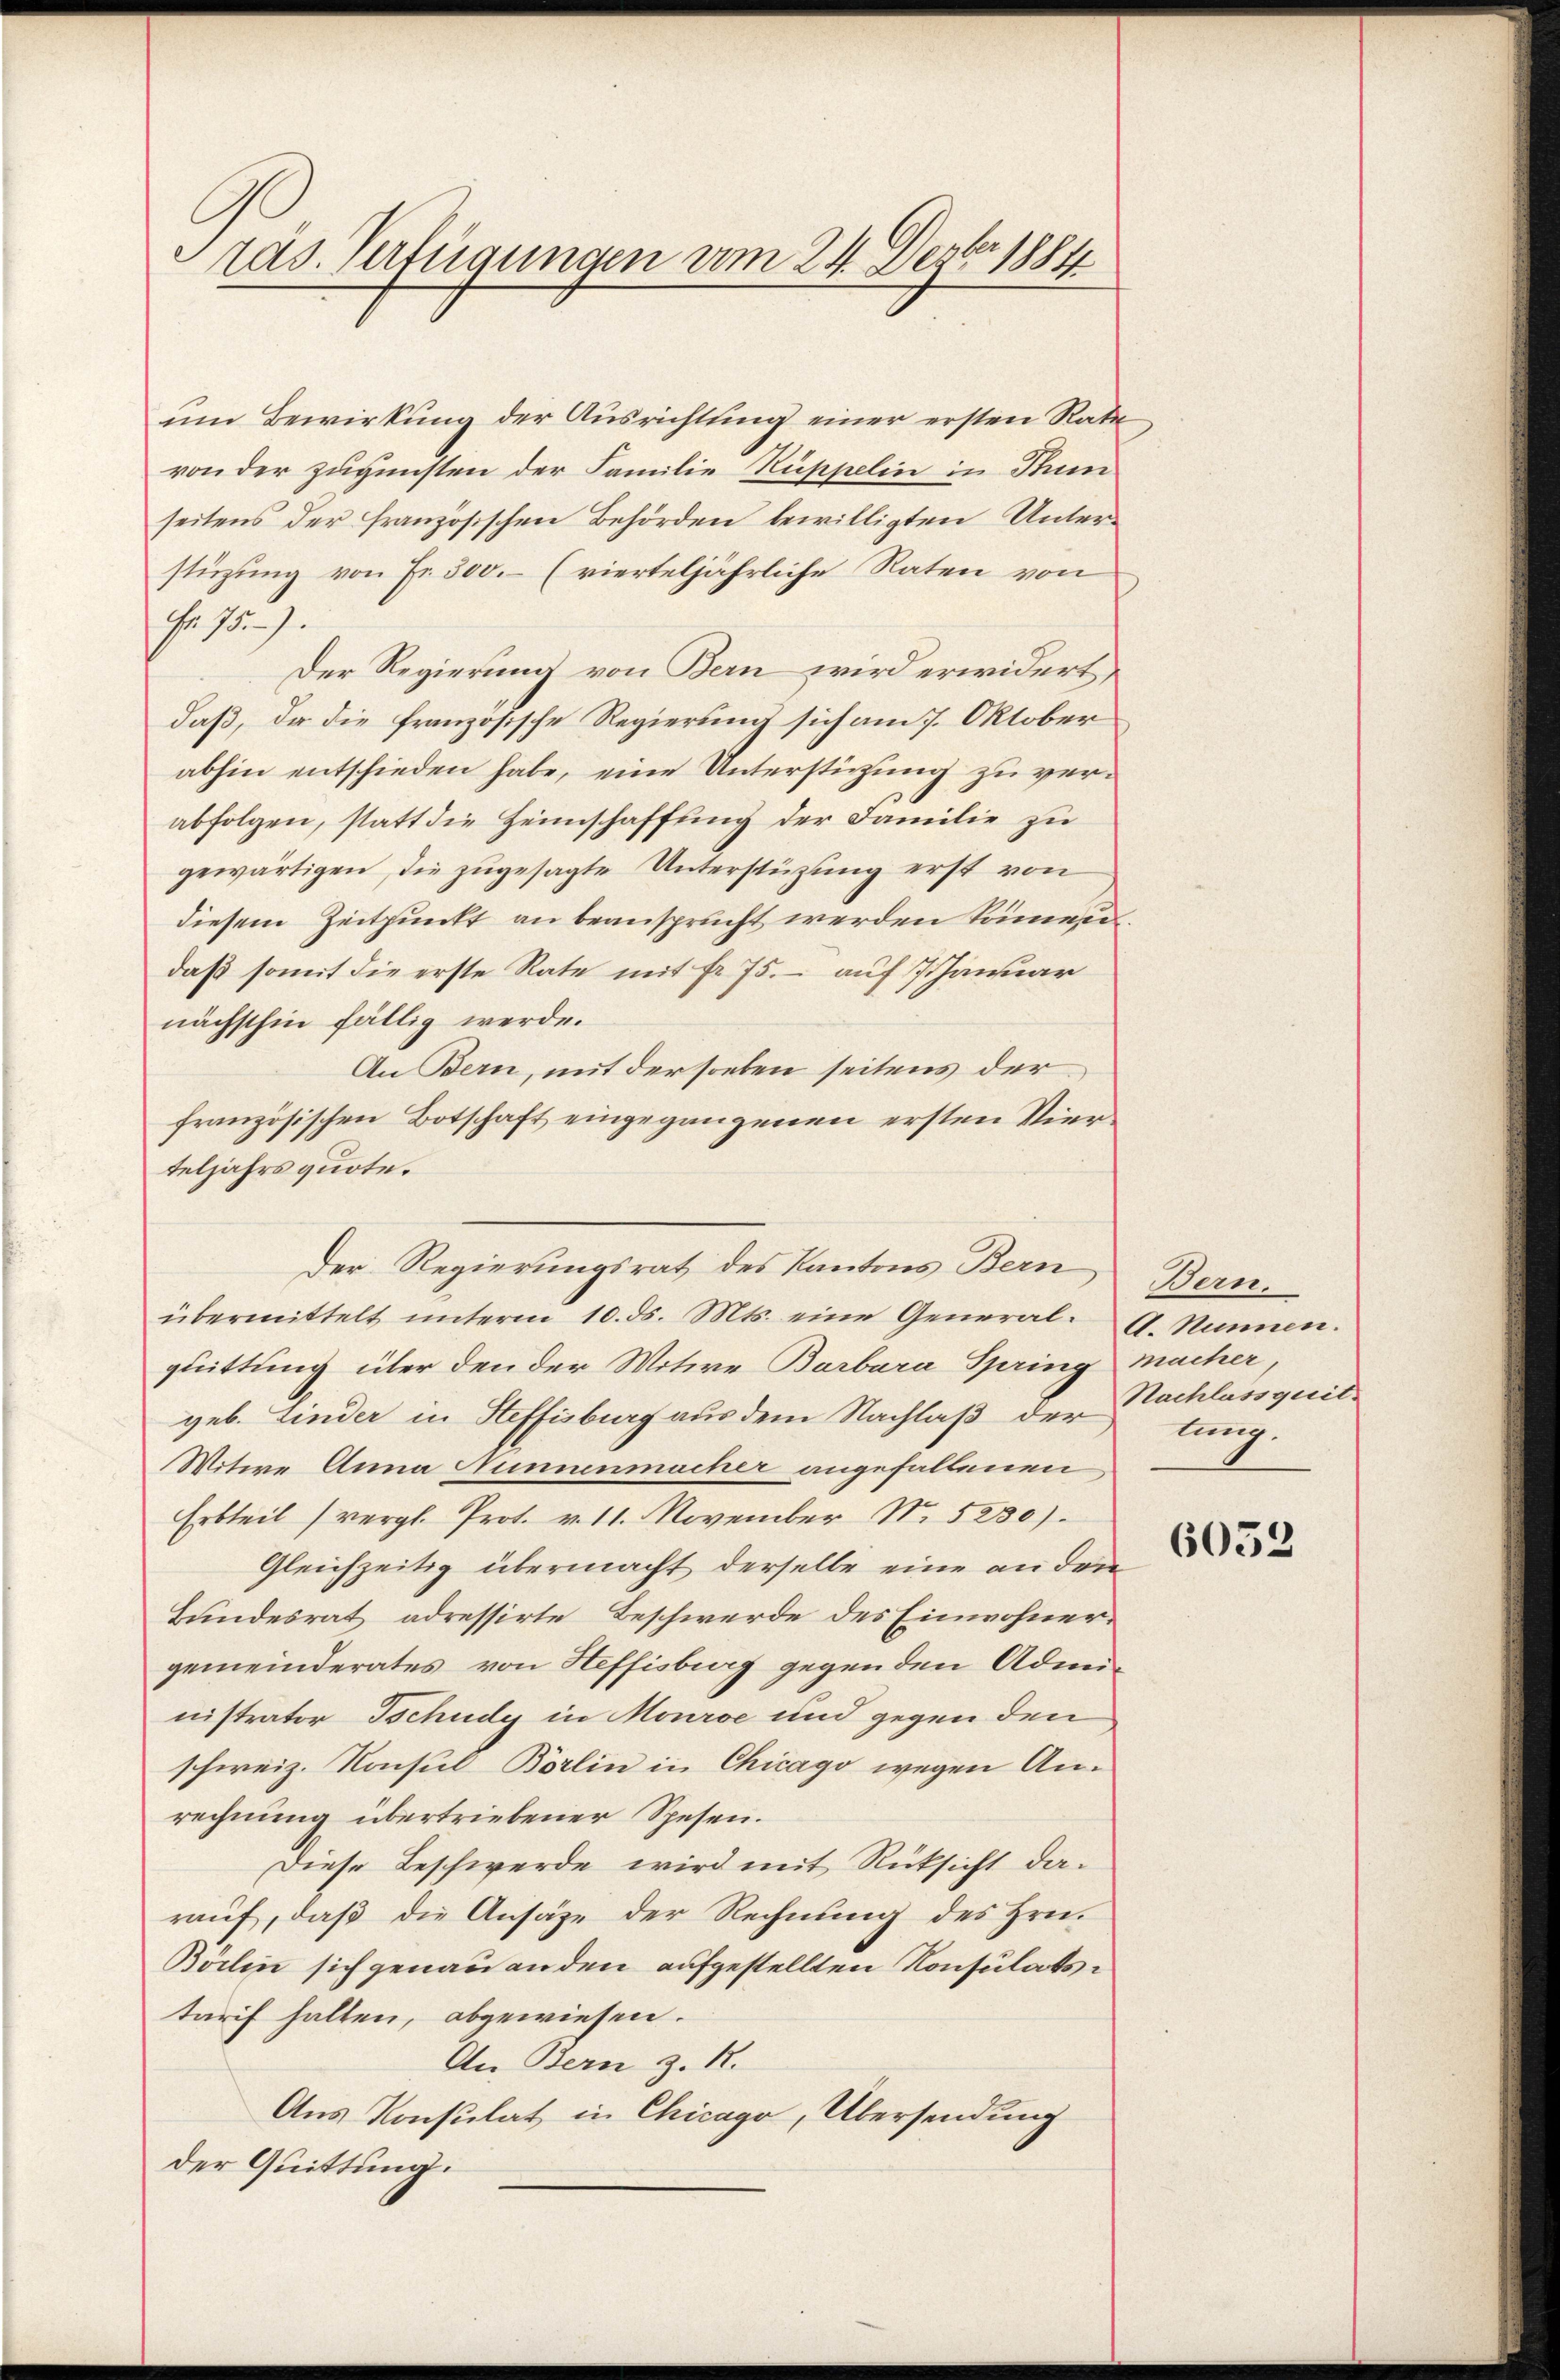
räs. Verfügungen vom 24. Dezbr 1884

um Bewirkung der Ausrichtung einer ersten Rats-
von der zugunsten der Familie Kuppelin in Stum
seitens der französischen Behörden bewilligten Unterstüzung von Fr. 300.- (vierteljährliche Raten von
Fr. 75.)
Der Regierung von Bern wird erwidert,
daß, da die französische Regierung sich am 7. Oktober
abhin entschieden habe, eine Unterstützung zu verabfolgen, statt die Heimschaffung der Familie zu
gewärtigen, die zugesagte Unterstüzung erst von
diesem Zeitpunkt an beansprucht werden könne
daß somit die erste Rate mit fr. 75. - auf 1 Januar
nächsthin fällig werde.
An Bern, mit der soeben seitens der
französischen Botschaft eingegangenen ersten Vierteljahrsquote.
Der Regierungsrat des Kantons Bern
übermittelt unterm 10. ds. Mts. eine General-G. Namen.
quittung über den der Witwe Barbara Spring macher,
geb. Linder in Steffisburg aus dem Nachlaβ der lang¬
Wotive Anna Hunnenmacher angefallenen
Erbteil (vergl. Prot. v. 11. November N. 5230).
Gleichzeitig übermacht derselbe eine an den
Bundesrat adressirte Beschwerde des Einwohnergemeinderates von Heffisburg gegenden Administrator Tschudy in Mouroe und gegen den
schweiz. Konsul Börlin in Chicago wegen Anrechnung übertriebener Spesen.
Diese Beschwerde wird mit Rücksicht darauf, daß die Ansäze der Rechnung des Hrn.
Börlin sich genau anden aufgestellten Konsulatstarif halten, abgewiesen.
An Bern z. R.
Aus Konsulat in Chicago, Übersendung
der Quittung.

.

Dan.
Nachlassquit.

6053